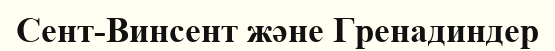
Сент-Винсент және Гренадиндер